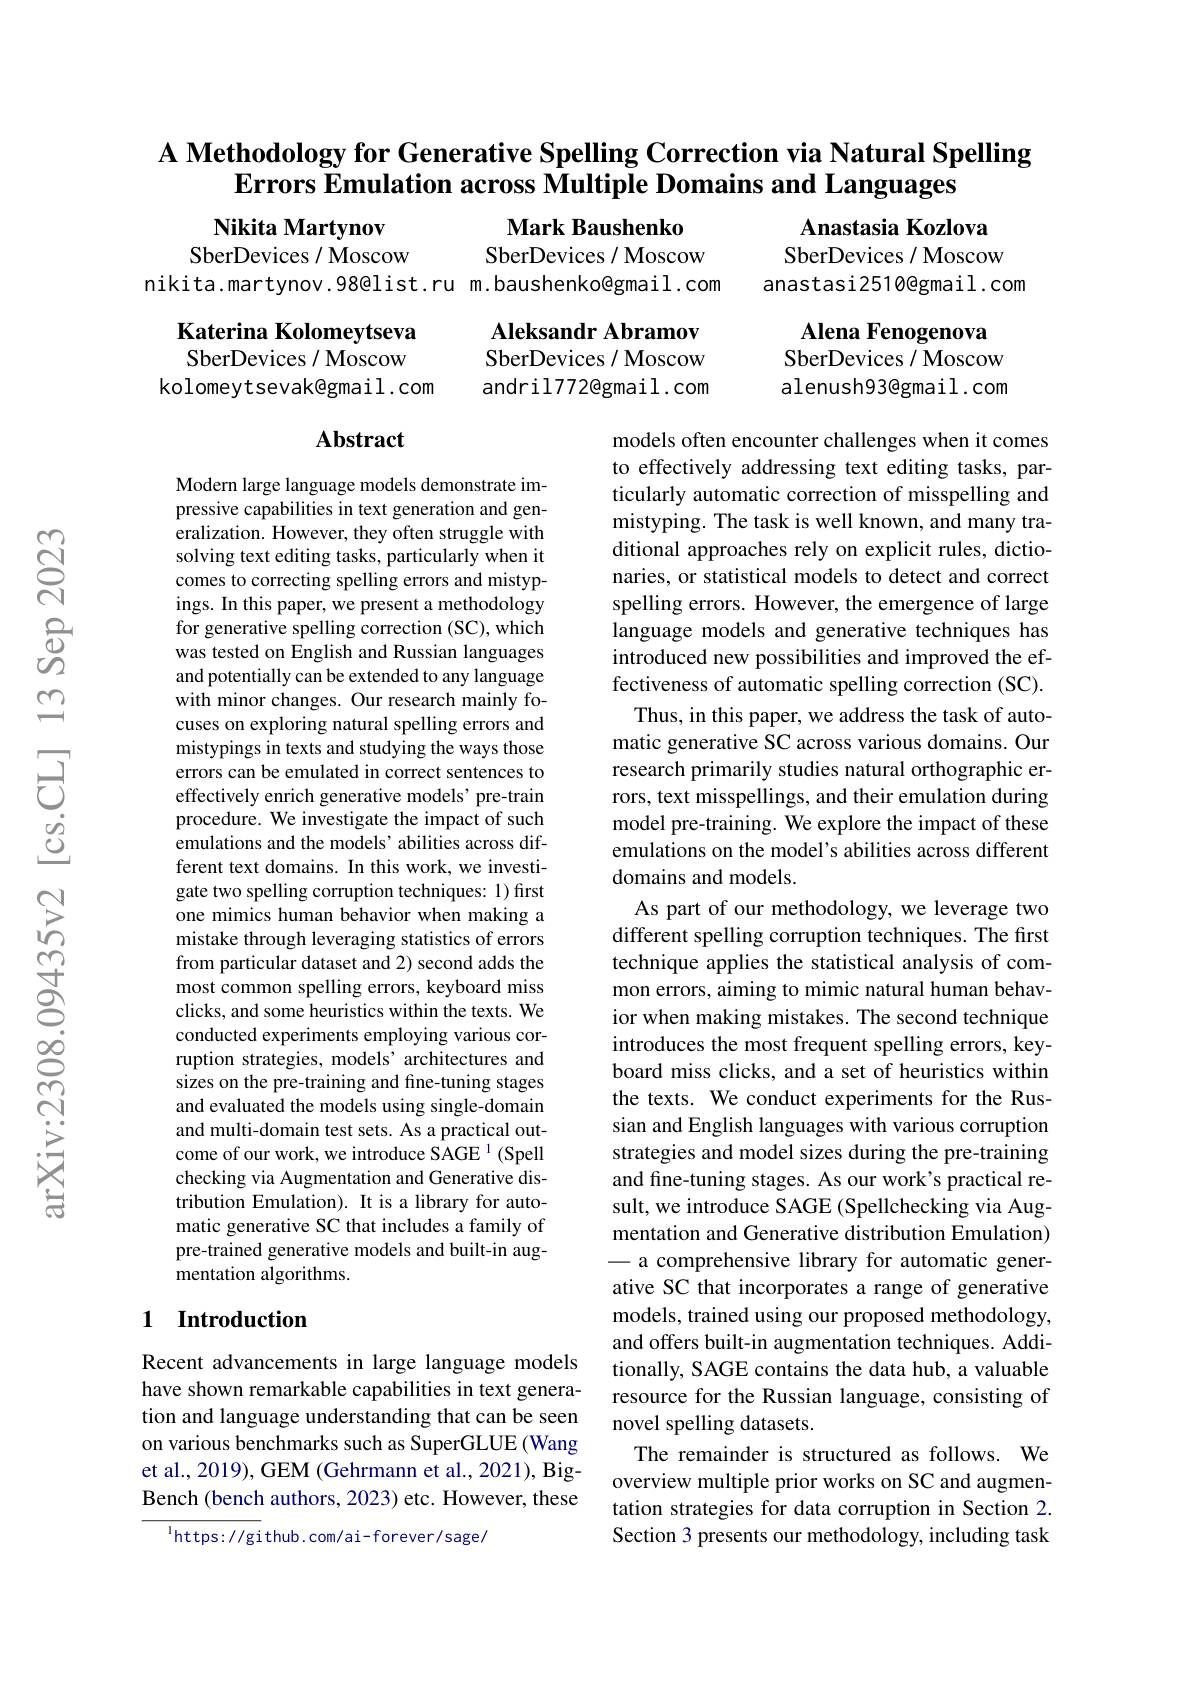
# A Methodology for Generative Spelling Correction via Natural Spelling Errors Emulation across Multiple Domains and Languages

Anastasia Kozlova SberDevices / Moscow anastasi2510@gmail.com

Nikita Martynov
Mark Baushenko
SberDevices / Moscow
SberDevices / Moscow
nikita.martynov.98@list.ru m.baushenko@gmail.com

Aleksandr Abramov
Katerina Kolomeytseva SberDevices / Moscow
SberDevices / Moscow
kolomeytsevak@gmail.com
andril772@gmail.com

Alena Fenogenova SberDevices / Moscow alenush93@gmail.com

# Abstract

Modern large language models demonstrate impressive capabilities in text generation and generalization. However, they often struggle with solving text editing tasks, particularly when it comes to correcting spelling errors and mistypings. In this paper, we present a methodology for generative spelling correction (SC), which was tested on English and Russian languages and potentially can be extended to any language with minor changes. Our research mainly focuses on exploring natural spelling errors and mistypings in texts and studying the ways those errors can be emulated in correct sentences to effectively enrich generative models’pre-train procedure. We investigate the impact of such emulations and the models’ abilities across different text domains. In this work, we investigate two spelling corruption techniques: 1) first one mimics human behavior when making a mistake through leveraging statistics of errors from particular dataset and 2) second adds the most common spelling errors, keyboard miss clicks, and some heuristics within the texts. We conducted experiments employing various corruption strategies, models' architectures and sizes on the pre-training and fine-tuning stages and evaluated the models using single-domain and multi-domain test sets. As a practical outcome of our work, we introduce SAGE 1(Spell checking via Augmentation and Generative distribution Emulation). It is a library for automatic generative SC that includes a family of pre-trained generative models and built-in augmentation algorithms.

models often encounter challenges when it comes to effectively addressing text editing tasks, particularly automatic correction of misspelling and mistyping. The task is well known, and many traditional approaches rely on explicit rules, dictionaries, or statistical models to detect and correct spelling errors. However, the emergence of large language models and generative techniques has introduced new possibilities and improved the effectiveness of automatic spelling correction (SC). Thus, in this paper, we address the task of automatic generative SC across various domains. Our research primarily studies natural orthographic errors, text misspellings, and their emulation during model pre-training. We explore the impact of these emulations on the model's abilities across different domains and models.
As part of our methodology, we leverage two different spelling corruption techniques. The first technique applies the statistical analysis of common errors, aiming to mimic natural human behavior when making mistakes. The second technique introduces the most frequent spelling errors, keyboard miss clicks, and a set of heuristics within the texts. We conduct experiments for the Russian and English languages with various corruption strategies and model sizes during the pre-training and fine-tuning stages. As our work's practical result, we introduce SAGE (Spellchecking via Augmentation and Generative distribution Emulation) - a comprehensive library for automatic generative SC that incorporates a range of generative models, trained using our proposed methodology, and offers built-in augmentation techniques. Additionally, SAGE contains the data hub, a valuable resource for the Russian language, consisting of novel spelling datasets.
The remainder is structured as follows. We overview multiple prior works on SC and augmentation strategies for data corruption in Section 2. Section 3 presents our methodology, including task

## 1 Introduction

Recent advancements in large language models have shown remarkable capabilities in text generation and language understanding that can be seen on various benchmarks such as SuperGLUE (Wang et al., 2019), GEM (Gehrmann et al., 2021), BigBench (bench authors, 2023) etc. However, these

$^{\mathrm{l}}$https://github.com/ai-forever/sage/